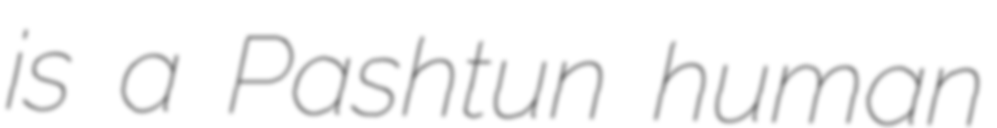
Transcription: is a Pashtun human